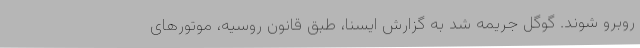
روبرو شوند. گوگل جریمه شد به گزارش ایسنا، طبق قانون روسیه، موتورهای